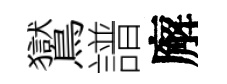
鸑譜廨